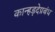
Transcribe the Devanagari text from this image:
कान्हड़देप्रबंध